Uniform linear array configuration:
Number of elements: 16
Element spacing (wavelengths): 0.5
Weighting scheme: hamming
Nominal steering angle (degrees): -45
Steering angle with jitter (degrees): -43.819
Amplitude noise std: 0.05
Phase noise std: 0.05

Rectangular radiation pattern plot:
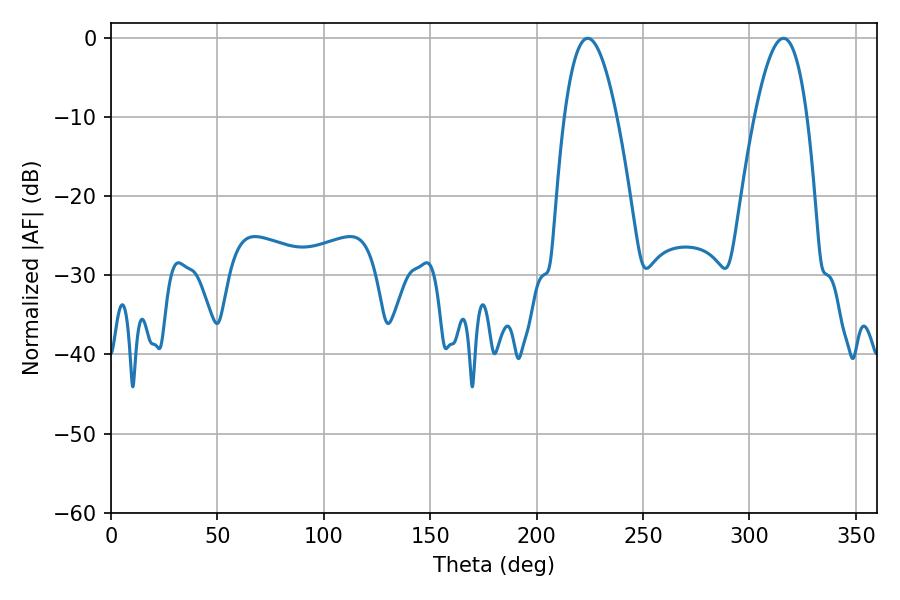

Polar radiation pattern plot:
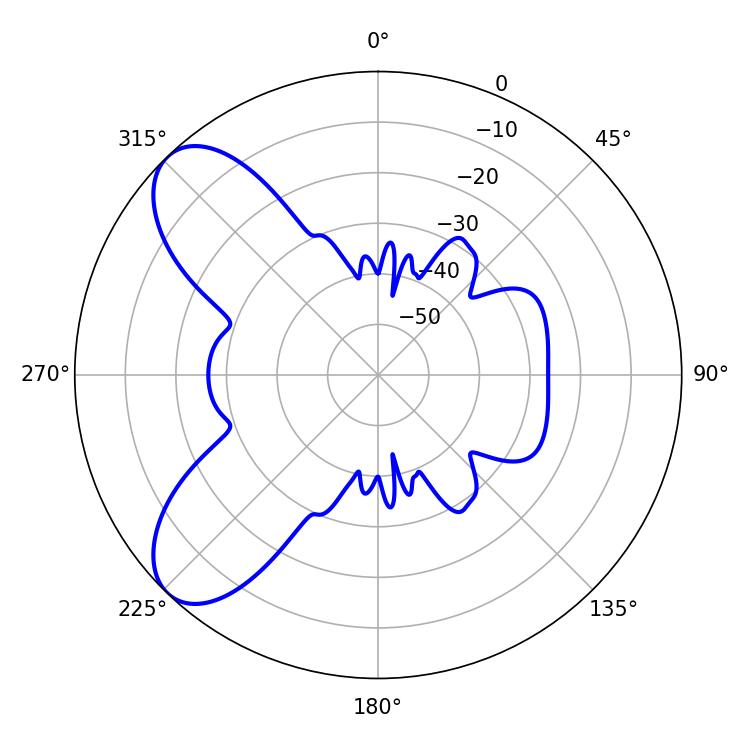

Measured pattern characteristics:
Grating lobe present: FALSE
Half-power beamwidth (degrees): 13.5
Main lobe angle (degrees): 224.1